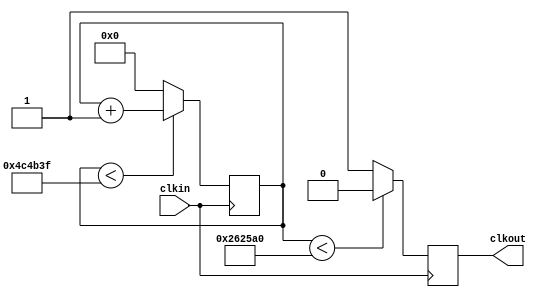
module anim_prescaler ( 
	input clkin, 
	output reg clkout
);  

parameter F_OSC = 5000000; 

reg [31:0] counter; 

always@ (posedge clkin) 
	if (counter < (F_OSC-1)) 
		counter <= counter + 1; 
	else 
		counter <= 0;

always@ (posedge clkin) 
	if(counter < (F_OSC/2)) 
		clkout <=0; 
	else  
		clkout <=1;

endmodule